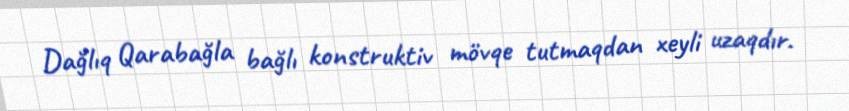
Dağlıq Qarabağla bağlı konstruktiv mövqe tutmaqdan xeyli uzaqdır.